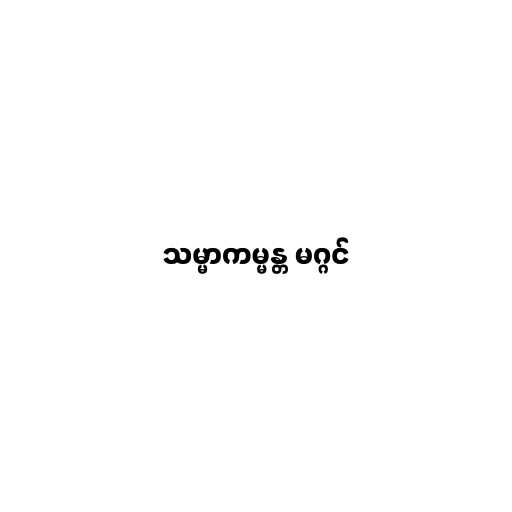
သမ္မာကမ္မန္တ မဂ္ဂင်